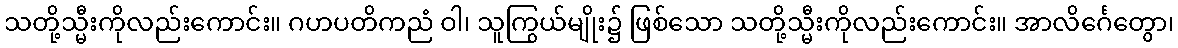
သတို့သ္မီးကိုလည်းကောင်း။ ဂဟပတိကညံ ဝါ၊ သူကြွယ်မျိုး၌ ဖြစ်သော သတို့သ္မီးကိုလည်းကောင်း။ အာလိင်္ဂေတွော၊